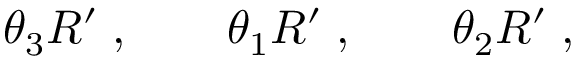
\theta _ { 3 } R ^ { \prime } \; , \qquad \theta _ { 1 } R ^ { \prime } \; , \qquad \theta _ { 2 } R ^ { \prime } \; ,